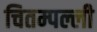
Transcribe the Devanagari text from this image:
चितम्पल्ली